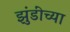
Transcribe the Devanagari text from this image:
झुंडींच्या